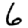
Digit: 6